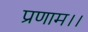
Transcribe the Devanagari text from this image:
प्रणाम।।